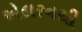
એલરનથી